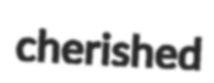
cherished